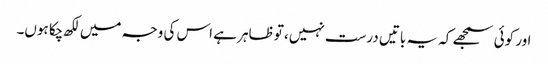
اور کوئی سمجھے کہ یہ باتیں درست نہیں، تو ظاہر ہے اس کی وجہ میں لکھ چکا ہوں۔